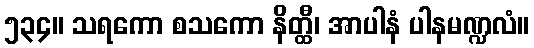
၅၃၄။ သရကော စသကော နိတ္ထီ၊ အာပါနံ ပါနမဏ္ဍလံ။